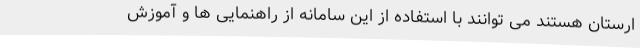
ارستان هستند می توانند با استفاده از این سامانه از راهنمایی ها و آموزش